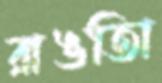
রাঙতিা